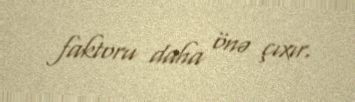
faktoru daha önə çıxır.